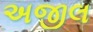
અજીલ